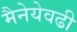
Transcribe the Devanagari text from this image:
मैनेयेवढी